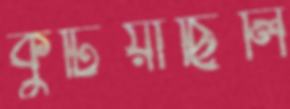
কুটিয়াছিলি